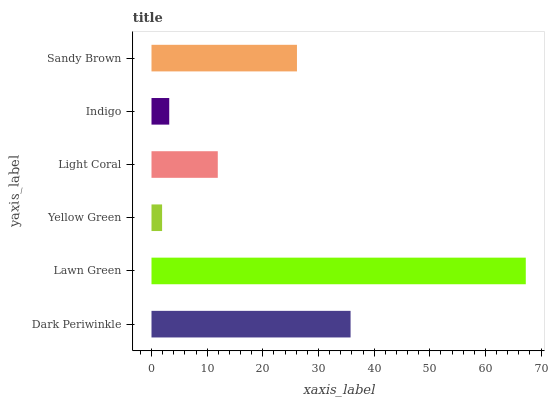
| yaxis_label | bars |
 | --- | --- |
 | Dark Periwinkle | 35.8 |
 | Lawn Green | 67.2 |
 | Yellow Green | 1.9 |
 | Light Coral | 11.9 |
 | Indigo | 3.19 |
 | Sandy Brown | 26.1 |